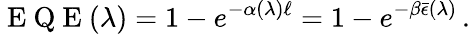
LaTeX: \mathrm{~E~Q~E~}(\lambda)=1-e^{-\alpha(\lambda)\ell}=1-e^{-\beta\bar{\epsilon}(\lambda)}\, .